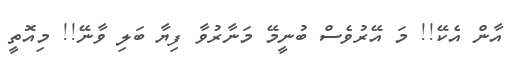
އާން އެކޭ!! މަ އޭރުވެސް ބުނީމޭ މަނާރުވާ ފިޔާ ބަލި ވާނޭ!! މިއޮތީ